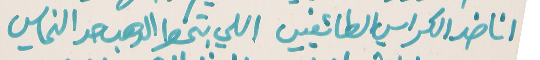
انا ضد الكراسي الطائفيي   اللي بتحط الدهب حد النحاسي